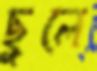
ছুলে